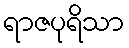
ရာဇပုရိသာ